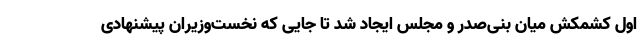
اول کشمکش میان بنی‌صدر و مجلس ایجاد شد تا جایی که نخست‌وزیران پیشنهادی